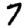
Digit: 7